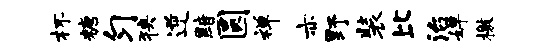
杯糖匀狭逆黯圆禅亦野装比治婵檄